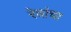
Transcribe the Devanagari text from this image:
रेवांचा